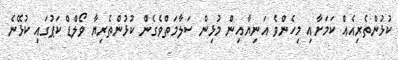
ކުޅުންތެރިއެއް ކަމަށާއި މިހެންވެ އަނިޔާއިން މުޅިން ސަލާމަތްވެގެން ކުޅުންތެރިޔާ ވޯލްޑް ކަޕުގައި ކުޅޭނެ